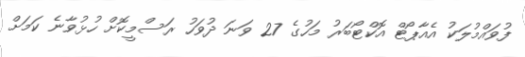
ފުވައްމުލަކު އެއާޕޯޓް އޮކްޓޯބަރު މަހުގެ 27 ވަނަ ދުވަހު ރަސްމީކޮށް ހުޅުވާނެ ކަމަށް